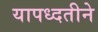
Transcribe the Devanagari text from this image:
यापध्दतीने